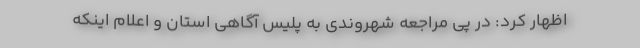
اظهار کرد: در پی مراجعه شهروندی به پلیس آگاهی استان و اعلام اینکه